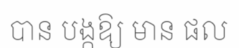
បាន បង្កឱ្យ មាន ផល